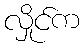
လှိုင်က